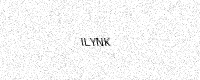
Text: ILYNK